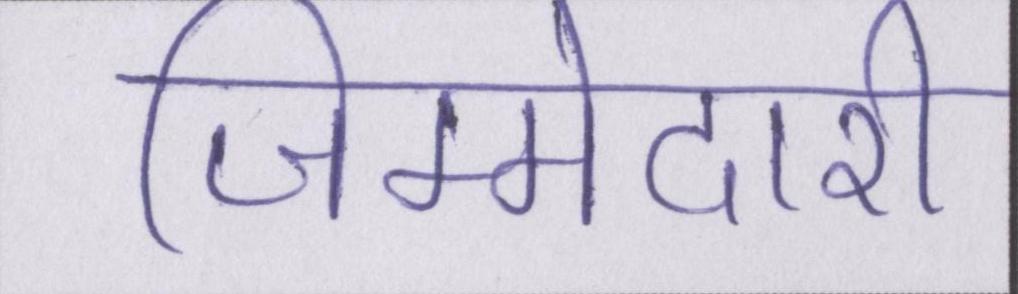
जिम्मेदारी